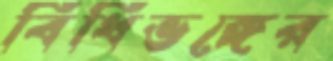
বিধিভঙ্গের